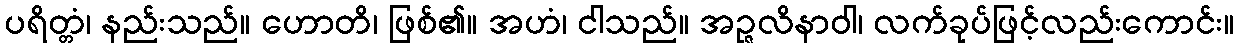
ပရိတ္တံ၊ နည်းသည်။ ဟောတိ၊ ဖြစ်၏။ အဟံ၊ ငါသည်။ အဉ္ဇလိနာဝါ၊ လက်ခုပ်ဖြင့်လည်းကောင်း။